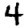
Digit: 4